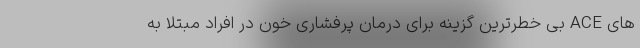
های ACE بی خطرترین گزینه برای درمان پرفشاری خون در افراد مبتلا به